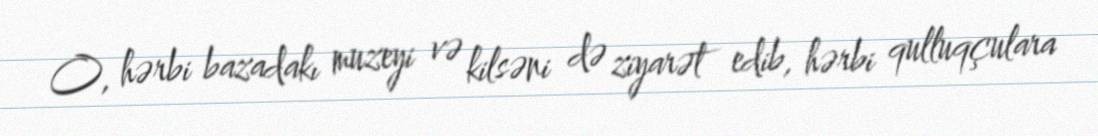
O, hərbi bazadakı muzeyi və kilsəni də ziyarət edib, hərbi qulluqçulara